Calcutta medical institutions reports 1892-1900
Year: 1892
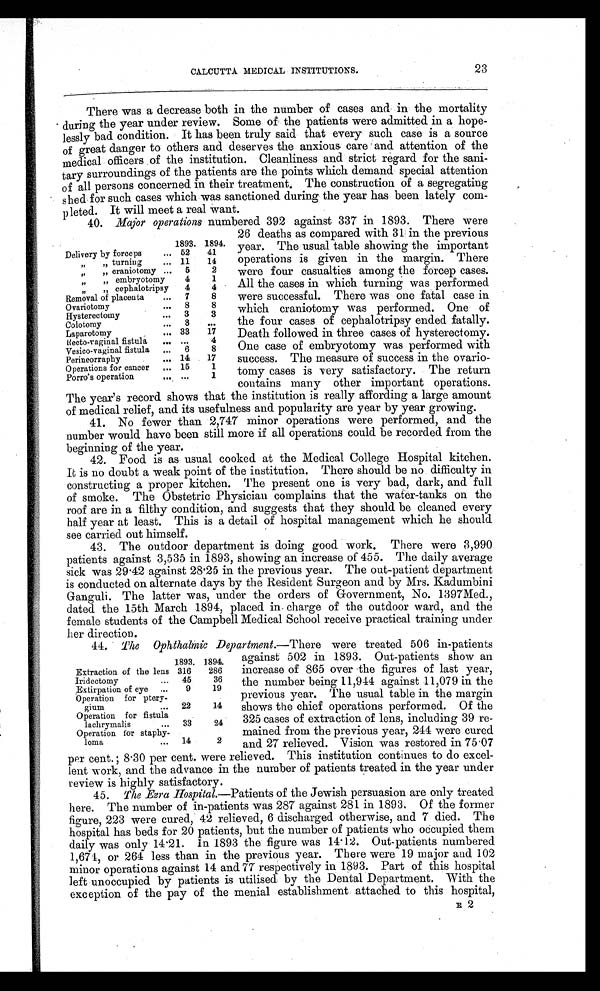
CALCUTTA MEDICAL INSTITUTIONS.
23
There was a decrease both in the number of cases and in the mortality
during the year under review. Some of the patients were admitted in a hope-
- l e s s l y b a d c o n d i t i o n . I t h a s b e e n t r u l y s a i d t h a t e v e r y s u c h c a s e i s a s o u r c e
of great danger to others and deserves the anxious care and attention of the
medical officers of the institution. Cleanliness and strict regard for the sani--
tary surroundings of the patients are the points which demand special attention
of all persons concerned in their treatment. The construction of a segregating
shed for such cases which was sanctioned during the year has been lately com--
pleted. It will meet a real want.
40. Major operations numbered 392 against 337 in 1893. There were
26 deaths as compared with 31 in the previous
year. The usual table showing the important
operations is given in the margin. There
were four casualties among the forcep cases.
All the cases in which turning was performed
were successful. There was one fatal case in
which craniotomy was performed. One of
the four cases of cephalotripsy ended fatally.
Death followed in three cases of hysterectomy.
One case of embryotomy was performed with
success. The measure of success in the ovario-
tomy cases is very satisfactory. The return
contains many other important operations.
The year's record shows that the institution is really affording a large amount
of medical relief, and its usefulness and popularity are year by year growing.
41. No fewer than 2,747 minor operations were performed, and the
number would have been still more if all operations could be recorded from the
beginning of the year.
42. Food is as usual cooked at the Medical College Hospital kitchen.
It is no doubt a weak point of the institution. There should be no difficulty in
constructing a proper kitchen. The present one is very bad, dark, and full
of smoke. The Obstetric Physician complains that the water-tanks on the
roof are in a filthy condition, and suggests that they should be cleaned every
half year at least. This is a detail of hospital management which he should
see carried out himself.
43.
The outdoor department is doing good work. There were 3,990
patients against 3,535 in 1893, showing an increase of 455. The daily average
sick was 29.42 against 28.25 in the previous year. The out-patient department
is conducted on alternate days by the Resident Surgeon and by Mrs. Kadumbini
Ganguli. The latter was, under the orders of Government, No. 1397Med.,
dated the 15th March 1894, placed in charge of the outdoor ward, and the
female students of the Campbell Medical School receive practical training under
her
direction.
44.
The Ophthalmic Department .—There were treated 506 in-patients
against 502 in 1893. Out-patients show an
increase of 865 over the figures of last year,
the number being 11,944 against 11,079 in the
previous year. The usual table in the margin
shows the chief operations performed. Of the
325 cases of extraction of lens, including 39 re-
mained from the previous year, 244 were cured
and 27 relieved. Vision was restored in 75.07
per cent.; 8.30 per cent. were relieved. This institution continues to do excel-
lent work, and the advance in the number of patients treated in the year under
review is highly satisfactory.
45.
The Ezra Hospital.—Patients of the Jewish persuasion are only treated
here. The number of in-patients was 287 against 281 in 1893. Of the former
figure, 223 were cured, 42 relieved, 6 discharged otherwise, and 7 died. The
hospital has beds for 20 patients, but the number of patients who occupied them
daily was only 14.21. in 1893 the figure was 14.12. Out-patients numbered
1,674, or 264 less than in the previous year. There were 19 major and 102
minor operations against 14 and 77 respectively in 1893. Part of this hospital
left unoccupied by patients is utilised by the Dental Department. With the
exception of the pay of the menial establishment attached to this hospital,
E 2
1893. 1894.
Delivery by forceps
... 52
41
„
„ turning
... 11
14
,,
„ craniotomy ...
5
2
„
„ embryotomy
4
1
,,
,, cephalotripsy
4
4
Removal of placenta
...
7
8
Ovariotomy
...
8
8
Hysterectomy
...
3
3
Colotomy
...
3
...
Laparotomy
... 33
17
Recto-vaginal fistula
... ...
4
Vesico-vaginal fistula
...
6
8
Perineorraphy
... 14
17
Operations for cancer
... 15
1
Porro' s operation . . .
1
1893. 1894.
Extraction of the lens 316
286
Iridectomy
...
45
36
Extirpation of eye
...
9
19
Operation for ptery-
gium
...
22
14
Operation for fistula
lachrymalis
...
33
24
Operation for staphy-
loma
...
14
2